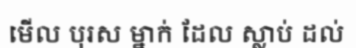
មើល បុរស ម្នាក់ ដែល ស្លាប់ ដល់